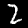
Label: 2